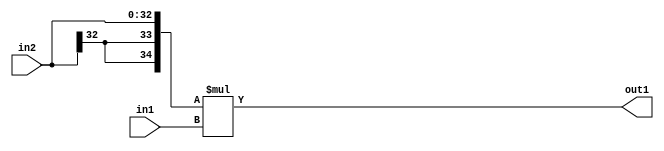
`timescale 1ps / 1ps
/*****************************************************************************
    Verilog RTL Description
    
    
    Created by: Stratus DpOpt 21.05.01 
*******************************************************************************/

module SobelFilter_Mul_33Sx32U_35S_1 (
	in2,
	in1,
	out1
	); /* architecture "behavioural" */ 
input [32:0] in2;
input [31:0] in1;
output [34:0] out1;
wire [34:0] asc001;

assign asc001 = 
	+({{2{in2[32]}}, in2} * in1);

assign out1 = asc001;
endmodule

/* CADENCE  ubL3SwA= : u9/ySxbfrwZIxEzHVQQV8Q== ** DO NOT EDIT THIS LINE ******/